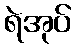
ရဲအုပ်